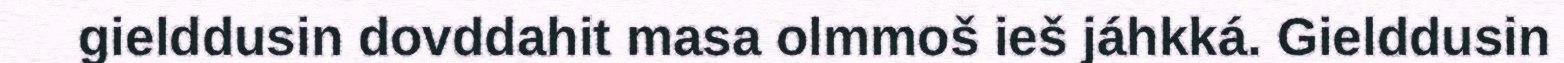
gielddusin dovddahit masa olmmoš ieš jáhkká. Gielddusin